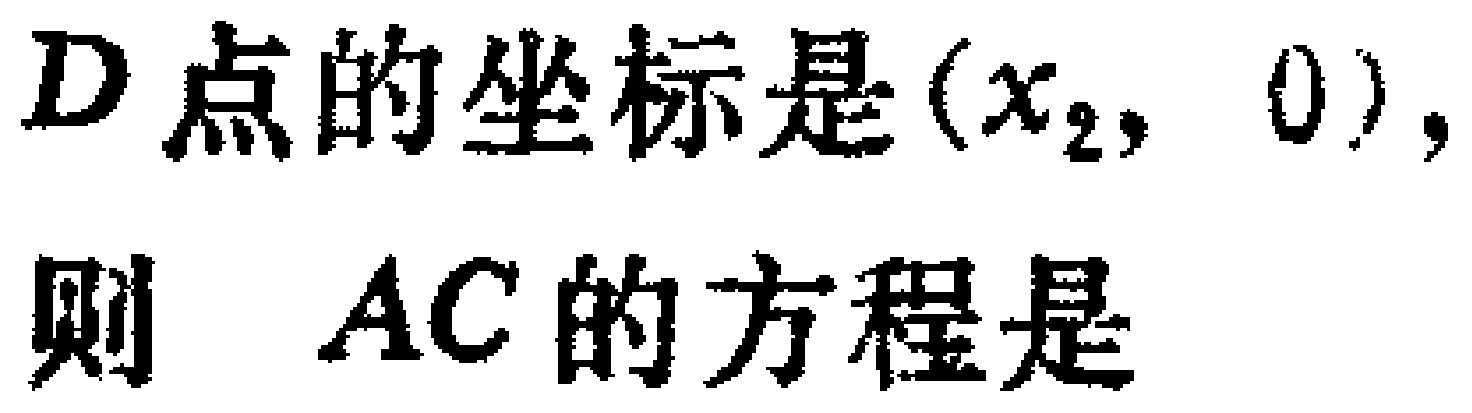
$D\text{点的坐标是}(x_{2},\ 0),\\ \text{则}\ \ AC\text{的方程是}$